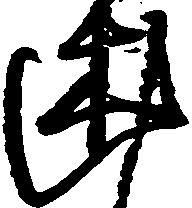
述